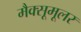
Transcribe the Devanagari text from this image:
मैक्सूमूलर